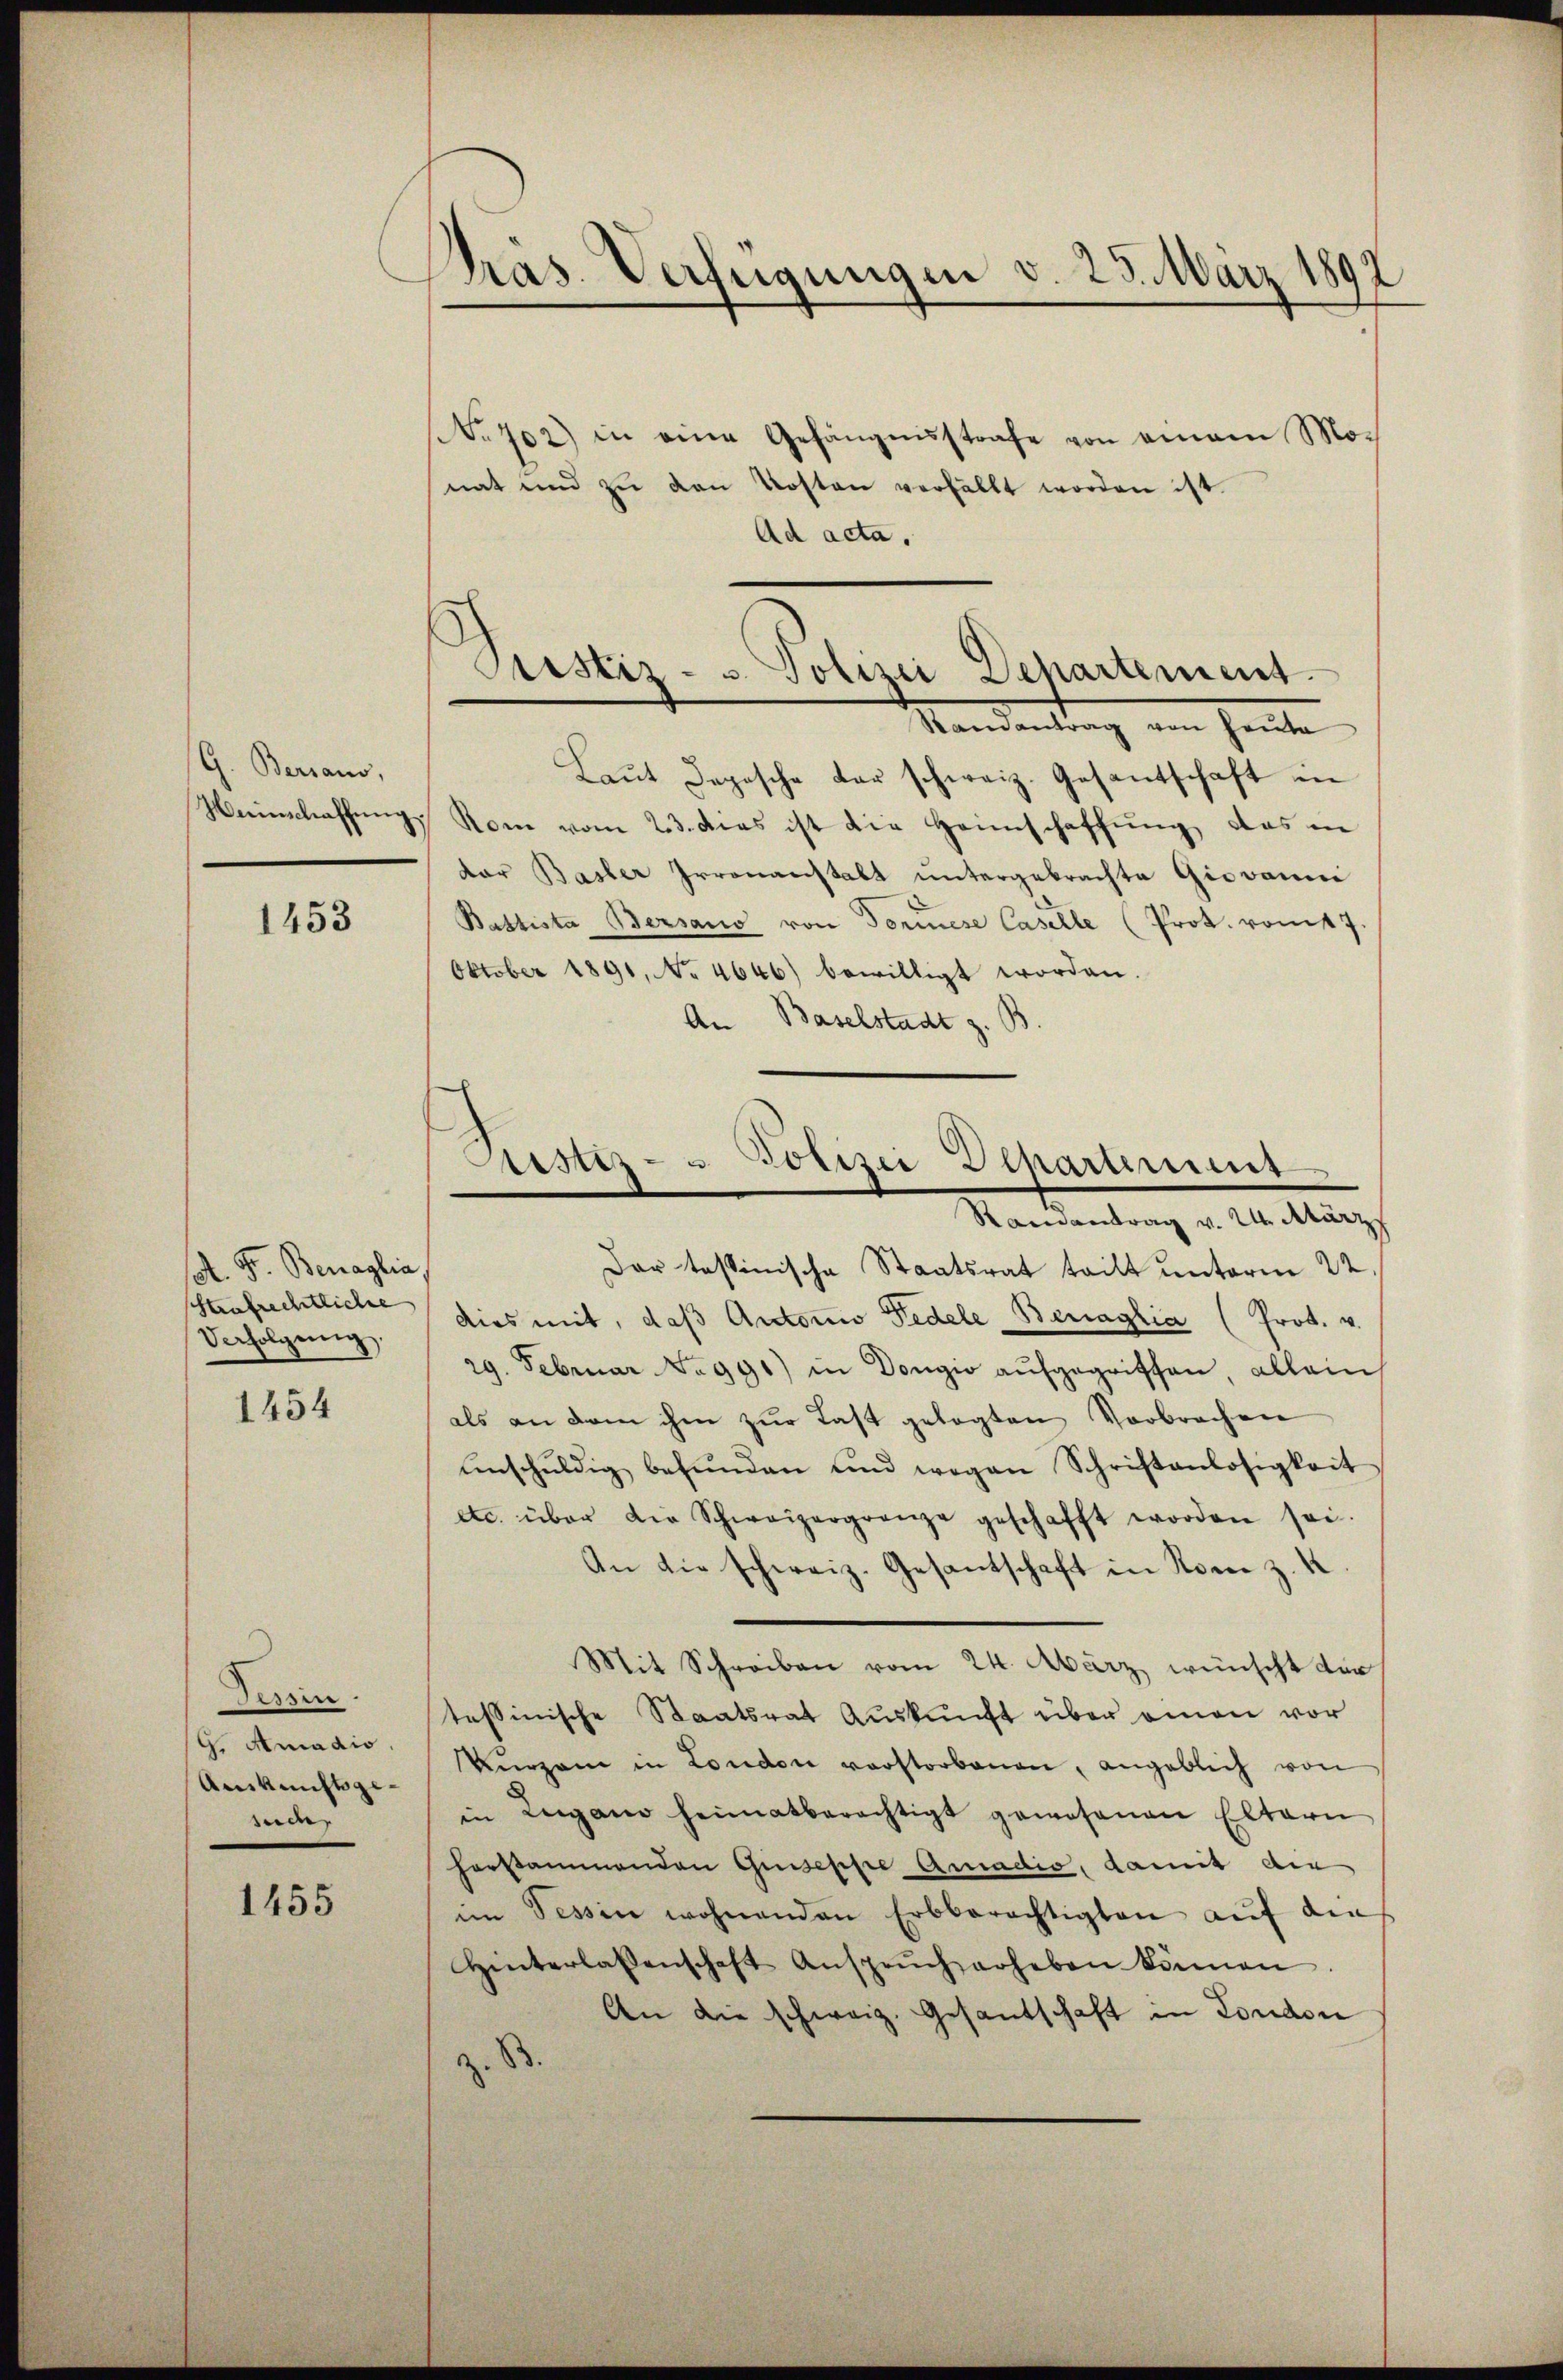
G. Beraus,
Zeeinschaffung.

1453

A. F. Benaglia
Strafrechtliche
Verfolgŭng.

1454

Tessin.
G. Amadio.
Auskunftsge-
suche

1455

Pras. Verfügungen d. 23. März 1892

Justiz- u. Polizei Departement.

No 702) in eine Gefängnisstrafe von einem Mo-
nat und zŭ den Kosten verfällt worden ist.
Ad acta.
Mandentrag ein heute
Laŭt Segesche der schweiz. Gesantschaft in
 Rom vom 23. das ist die Heimschaffung, das in
dar Basler Irrenanstalt untergebrachte Giovanni
Battista Bersano von Dornese Caselle (Prot. vom 7.
Oktober 1891, No 4646) bewilligt worden.
An Baselstadt z. B.
dar tessinische Staatsrat tritt unterm 22
dies mit, daß Antonio Pedele Benaglia (Prot. v.
29. Februar No 991) in Dongio aufgegriffen, allein
als an dem ihm zur Last gelegten Verbrechen
enschŭldig befŭnden und wegen Schriftanlosigkeit
etc. über die Schweizergrenze geschafft worden sei.
An die schweiz. Gesantschaft in Rom z. K
Mit Schreiben vom 24. März wünscht der
tessinische Staatsrat Aŭskŭnft über omen vor
Verzen in London verstorbenen, angeblich von
in Lugano heimatberechtigt gewesenen Eltern
herstammenden Giuseppe Amadio, damit die
im Tessin wohnenden Erbberechtigten aŭf die
Hinterlassenschaft Ansprŭch erheben können.
An die schweiz. Gesantschaft in London

Besitz- u Polizei Departement
Randantrag v. 24. März